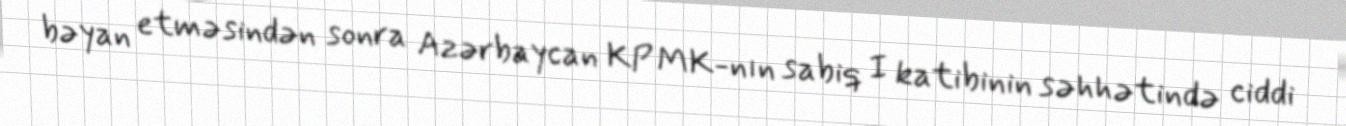
bəyan etməsindən sonra Azərbaycan KP MK-nın sabiq I katibinin səhhətində ciddi